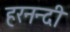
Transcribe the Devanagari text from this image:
हरनन्दी